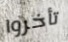
تأخروا